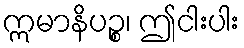
ဣမာနိပဉ္စ၊ ဤငါးပါး